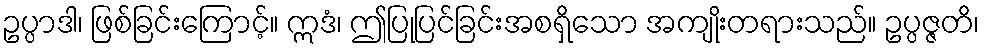
ဥပ္ပာဒါ၊ ဖြစ်ခြင်းကြောင့်။ ဣဒံ၊ ဤပြုပြင်ခြင်းအစရှိသော အကျိုးတရားသည်။ ဥပ္ပဇ္ဇတိ၊